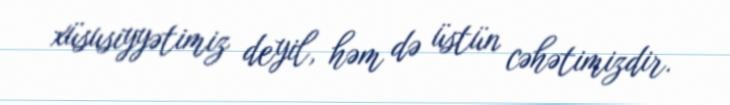
xüsusiyyətimiz deyil, həm də üstün cəhətimizdir.